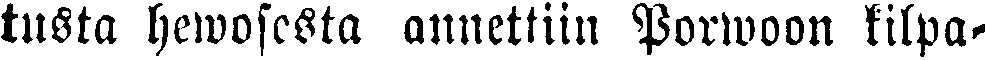
tusta hewosesta annettiin Porwoon kilpa-